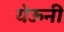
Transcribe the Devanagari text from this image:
येऊनी